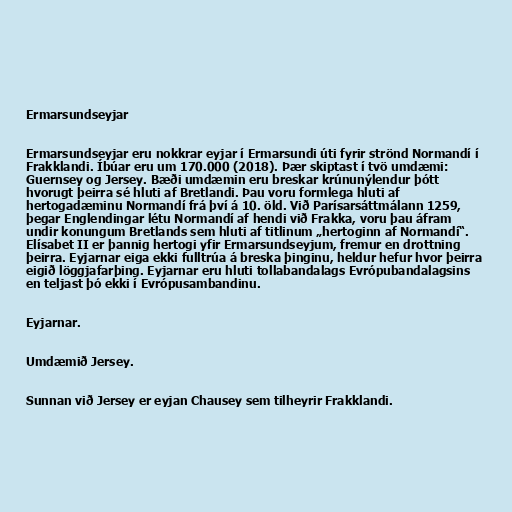
Ermarsundseyjar

Ermarsundseyjar eru nokkrar eyjar í Ermarsundi úti fyrir strönd Normandí í
Frakklandi. Íbúar eru um 170.000 (2018). Þær skiptast í tvö umdæmi:
Guernsey og Jersey. Bæði umdæmin eru breskar krúnunýlendur þótt
hvorugt þeirra sé hluti af Bretlandi. Þau voru formlega hluti af
hertogadæminu Normandí frá því á 10. öld. Við Parísarsáttmálann 1259,
þegar Englendingar létu Normandí af hendi við Frakka, voru þau áfram
undir konungum Bretlands sem hluti af titlinum „hertoginn af Normandí“.
Elísabet II er þannig hertogi yfir Ermarsundseyjum, fremur en drottning
þeirra. Eyjarnar eiga ekki fulltrúa á breska þinginu, heldur hefur hvor þeirra
eigið löggjafarþing. Eyjarnar eru hluti tollabandalags Evrópubandalagsins
en teljast þó ekki í Evrópusambandinu.

Eyjarnar.

Umdæmið Jersey.

Sunnan við Jersey er eyjan Chausey sem tilheyrir Frakklandi.